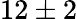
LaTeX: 12\pm 2